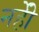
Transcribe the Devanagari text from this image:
नहीें